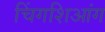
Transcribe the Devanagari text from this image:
चिंगशिआंग